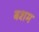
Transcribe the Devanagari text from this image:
बशम